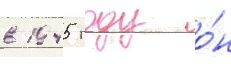
в 1945 году о́н